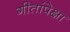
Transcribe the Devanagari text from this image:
गीतांपेक्षा